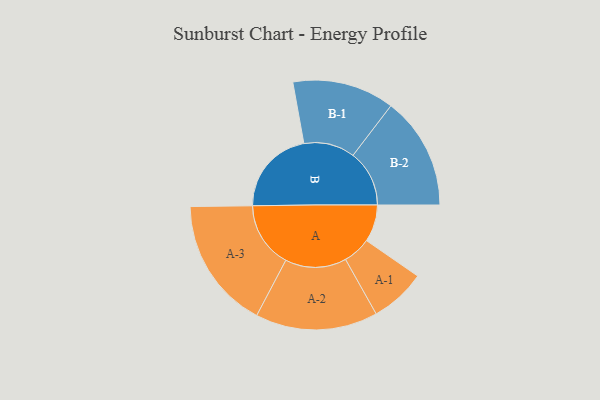
{"axis": {"x": "Segment", "y": "Value"}, "legend": ["", "A", "B"], "data": [{"x": "A", "y": 168, "type": ""}, {"x": "B", "y": 390, "type": ""}, {"x": "A-1", "y": 126, "type": "A"}, {"x": "A-2", "y": 277, "type": "A"}, {"x": "A-3", "y": 298, "type": "A"}, {"x": "B-1", "y": 231, "type": "B"}, {"x": "B-2", "y": 255, "type": "B"}]}